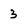
Character: 3